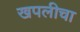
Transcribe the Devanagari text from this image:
खपलीचा